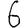
Digit: 6